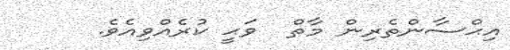
އިޙްސާންތެރިން މާތް  ވަޙީ ކުރެއްވިއެވެ.